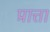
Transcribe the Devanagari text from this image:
प्रात्ता